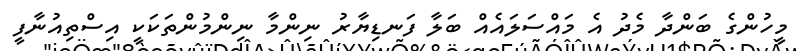
މީހުންގެ ބަންދާ މެދު އެ މައްސަލައެއް ބަލާ ފަނޑިޔާރު ނިންމާ ނިންމުންތަކަކީ އިސްތިއުނާފީ